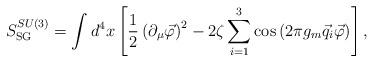
LaTeX: \begin{align*}S_{\rm SG}^{SU(3)}=\int d^4x\left[\frac12\left(\partial_\mu\vec\varphi\right)^2-2\zeta\sum\limits_{i=1}^{3}\cos\left(2\pi g_m\vec q_i\vec\varphi\right)\right],\end{align*}